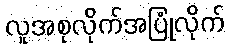
လူအစုလိုက်အပြုံလိုက်